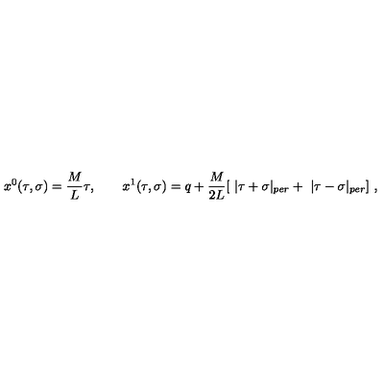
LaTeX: x ^ { 0 } ( \tau , \sigma ) = \frac M L \tau , \quad \quad x ^ { 1 } ( \tau , \sigma ) = q + \frac M { 2 L } [ \ | \tau + \sigma | _ { p e r } + \ | \tau - \sigma | _ { p e r } ] \ ,